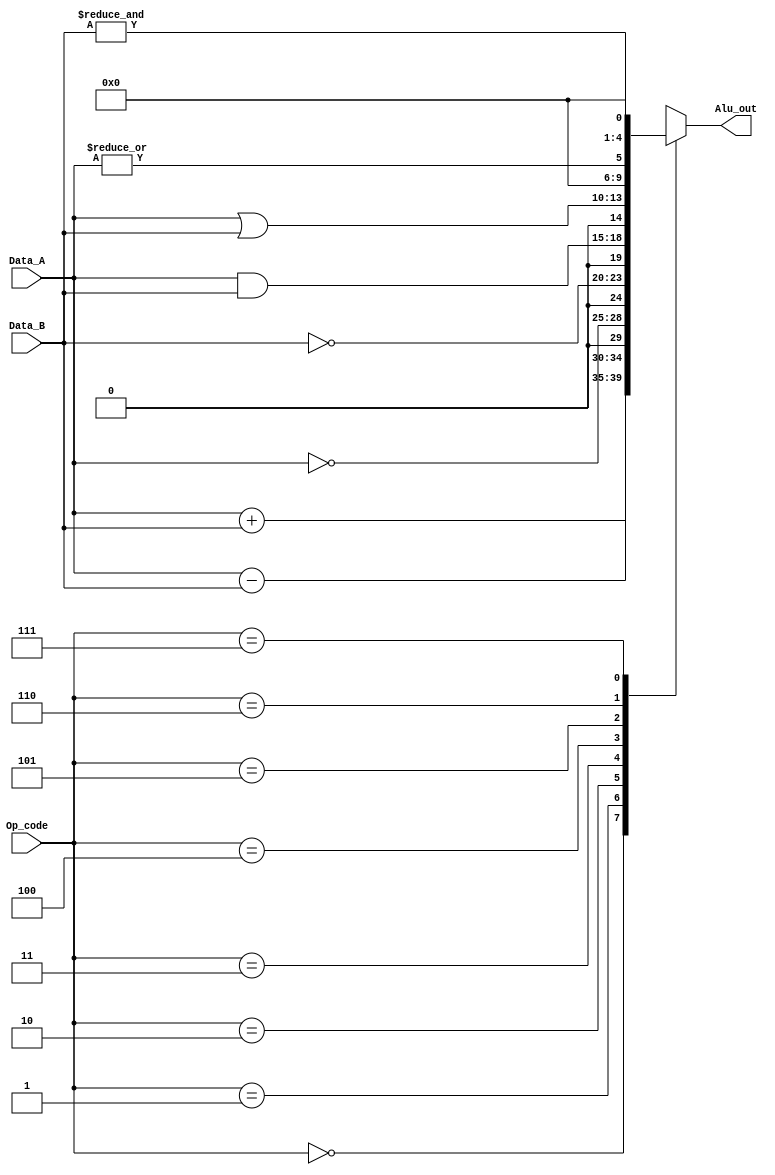
module ALU(
input [3:0] Data_A, Data_B,
input [2:0] Op_code,
output reg [4:0] Alu_out 
    );
always @ * 
begin
case (Op_code)
0: Alu_out=Data_A + Data_B;
1: Alu_out=Data_A - Data_B;
2: Alu_out={0,~Data_A};
3: Alu_out={0,~Data_B};
4: Alu_out=Data_A & Data_B;  /////////////ALU AS COMBINATIONAL LOGIC\\\\\\\\\\\\\\\\\\\\\
5: Alu_out=Data_A | Data_B;
6: Alu_out={4'b0000,|Data_A};
7: Alu_out={4'b0000,&Data_B};
default : Alu_out=5'd0;
endcase
end

endmodule